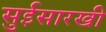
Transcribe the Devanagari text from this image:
सुईसारखी